Malaria in the Duars
Disease focus: Malaria
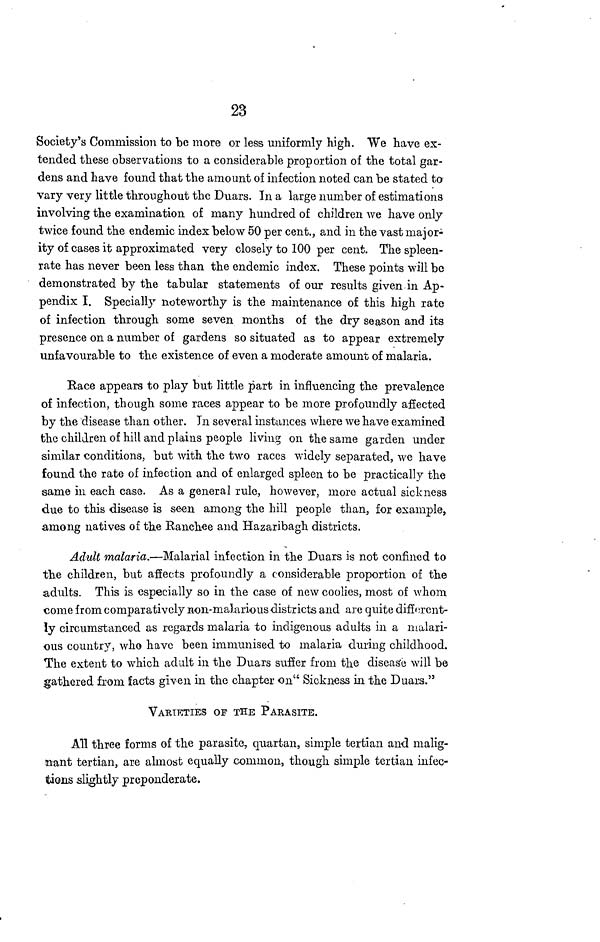
23
Society's Commission to be more or less uniformly high. We have ex-
tended these observations to a considerable proportion of the total gar-
dens and have found that the amount of infection noted can be stated to
vary very little throughout the Duars. In a large number of estimations
involving the examination of many hundred of children we have only
twice found the endemic index below 50 per cent., and in the vast major-
ity of cases it approximated very closely to 100 per cent. The spleen-
rate has never been less than the endemic index. These points will be
demonstrated by the tabular statements of our results given in Ap-
pendix I. Specially noteworthy is the maintenance of this high rate
of infection through some seven months of the dry season and its
presence on a number of gardens so situated as to appear extremely
unfavourable to the existence of even a moderate amount of malaria.
Race appears to play but little part in influencing the prevalence
of infection, though some races appear to be more profoundly affected
by the disease than other. In several instances where we have examined
the children of hill and plains people living on the same garden under
similar conditions, but with the two races widely separated, we have
found the rate of infection and of enlarged spleen to be practically the
same in each case. As a general rule, however, more actual sickness
due to this disease is seen among the hill people than, for example,
among natives of the Ranchee and Hazaribagh districts.
Adult malaria.—Malarial infection in the Duars is not confined to
the children, but affects profoundly a considerable proportion of the
adults. This is especially so in the case of new coolies, most of whom
come from comparatively non-malarious districts and are quite different-
ly circumstanced as regards malaria to indigenous adults in a malari-
ous country, who have been immunised to malaria during childhood.
The extent to which adult in the Duars suffer from the disease will be
gathered from facts given in the chapter on" Sickness in the Duars."
VARIETIES OF THE PARASITE.
All three forms of the parasite, quartan, simple tertian and malig-
nant tertian, are almost equally common, though simple tertian infec-
tions slightly preponderate.